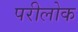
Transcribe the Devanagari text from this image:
परीलोक